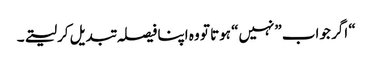
“ اگر جواب ”نہیں“ ہوتا تو وہ اپنا فیصلہ تبدیل کرلیتے۔